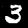
Label: 3